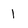
Character: 1